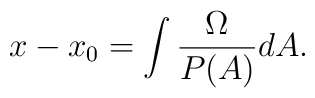
x-x_0=\int \frac{\Omega}{P(A)} dA.